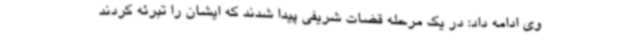
وی ادامه داد: در یک مرحله قضات شریفی پیدا شدند که ایشان را تبرئه کردند